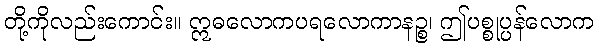
တို့ကိုလည်းကောင်း။ ဣဓလောကပရလောကာနဉ္စ၊ ဤပစ္စုပ္ပန်လောက